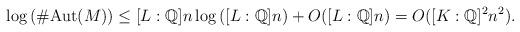
LaTeX: \begin{align*} \log \left( \# \mathrm{Aut}(M) \right) \leq [L:\mathbb{Q}] n \log \left( [L:\mathbb{Q}] n \right) + O([L : \mathbb{Q}] n)= O([K:\mathbb{Q}]^2 n^2).\end{align*}